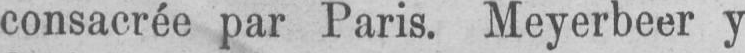
consacrée par Paris. Meyerbeer y